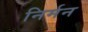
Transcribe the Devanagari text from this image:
निर्मन